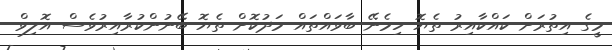
މީގެ އިތުރަށް ކައްކާއިރު ތެޔޮ ހިމެނޭ ބާވައްތައް މަދުކޮށް ތެޔޮ ބޭނުންކުރާއިރުވެސް އޮލިވް